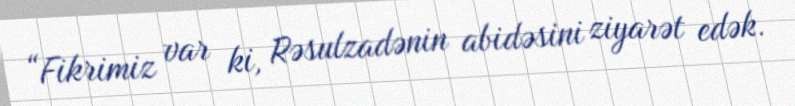
“Fikrimiz var ki, Rəsulzadənin abidəsini ziyarət edək.